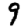
Digit: 9